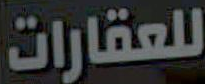
للعقارات